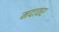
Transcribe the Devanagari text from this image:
मदावर